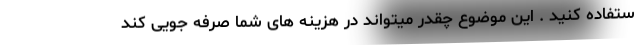
ستفاده کنید . این موضوع چقدر میتواند در هزینه های شما صرفه جویی کند